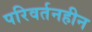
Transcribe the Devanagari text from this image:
परिवर्तनहीन